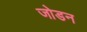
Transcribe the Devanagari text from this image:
जोडन